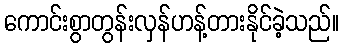
ကောင်းစွာတွန်းလှန်ဟန့်တားနိုင်ခဲ့သည်။